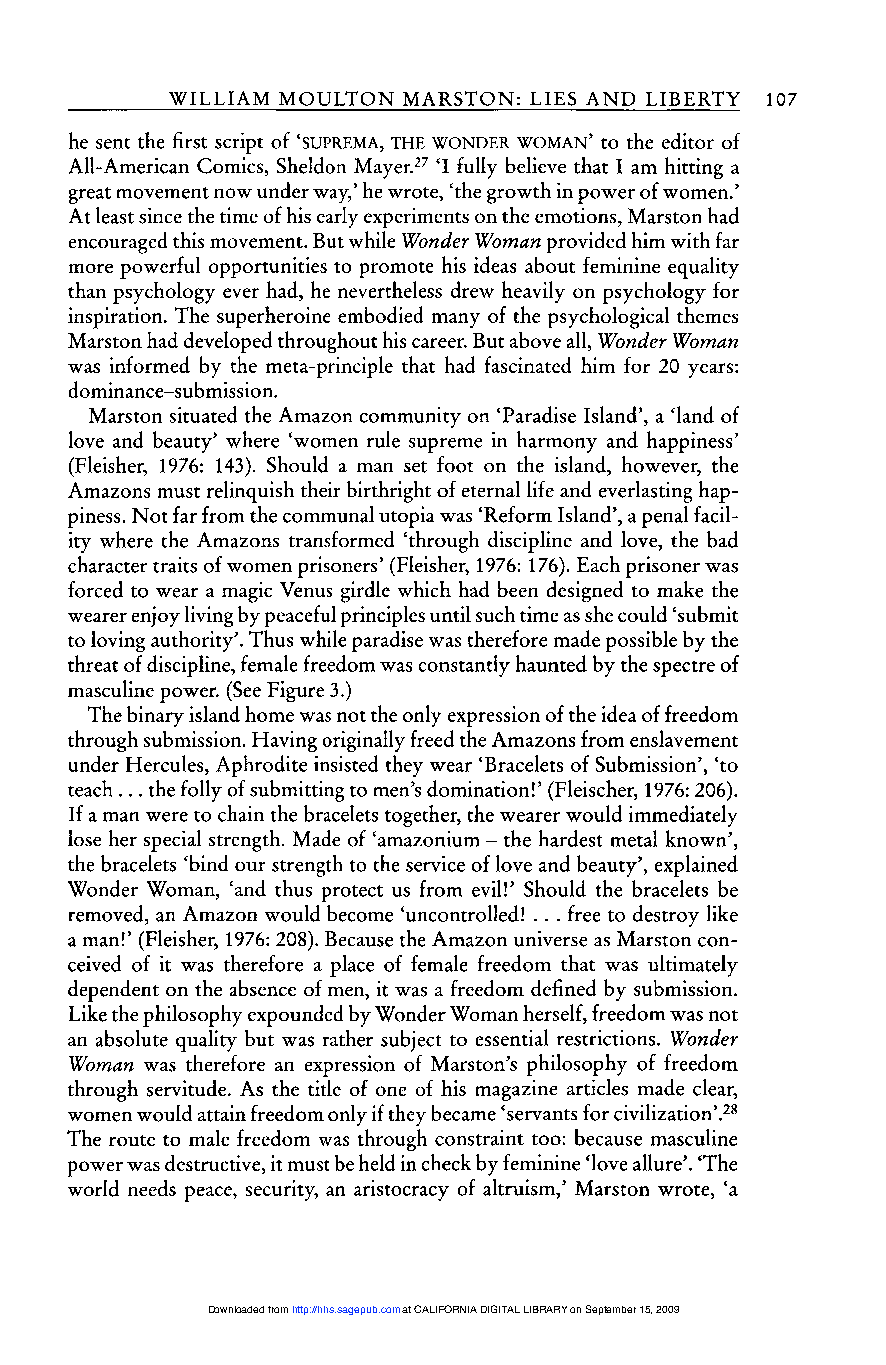
107
 he sent the first script of ’SUPREMA, THE WONDER WOMAN’ to the editor of
 All-American Comics, Sheldon Mayer.27 ’I fully believe that I am hitting a
 great movement now under way,’ he wrote, ’the growth in power of women.’
 At least since the time of his early experiments on the emotions, Marston had
 encouraged this movement. But while Wonder Woman provided him with far
 more powerful opportunities to promote his ideas about feminine equality
 than psychology ever had, he nevertheless drew heavily on psychology for
 inspiration. The superheroine embodied many of the psychological themes
 Marston had developed throughout his career. But above all, Wonder Woman
 was informed by the meta-principle that had fascinated him for 20 years:
 dominance-submission.
 Marston situated the Amazon community on ’Paradise Island’, a ’land of
 love and beauty’ where ’women rule supreme in harmony and happiness’
 (Fleisher, 1976: 143). Should a man set foot on the island, however, the
 Amazons must relinquish their birthright of eternal life and everlasting hap-
 piness. Not far from the communal utopia was ’Reform Island’, a penal facil-
 ity where the Amazons transformed ’through discipline and love, the bad
 character traits of women prisoners’ (Fleisher, 1976: 176). Each prisoner was
 forced to wear a magic Venus girdle which had been designed to make the
 wearer enjoy living by peaceful principles until such time as she could ’submit
 to loving authority’. Thus while paradise was therefore made possible by the
 threat of discipline, female freedom was constantly haunted by the spectre of
 masculine power. (See Figure 3.)
 The binary island home was not the only expression of the idea of freedom
 through submission. Having originally freed the Amazons from enslavement
 under Hercules, Aphrodite insisted they wear ’Bracelets of Submission’, ’to
 teach ... the folly of submitting to men’s domination!’ (Fleischer, 1976: 206).
 If a man were to chain the bracelets together, the wearer would immediately
 lose her special strength. Made of ’amazonium - the hardest metal known’,
 the bracelets ’bind our strength to the service of love and beauty’, explained
 Wonder Woman, ’and thus protect us from evil!’ Should the bracelets be
 removed, an Amazon would become ’uncontrolled! free to destroy like
 ...
 a man!’ (Fleisher, 1976: 208). Because the Amazon universe as Marston con-
 ceived of it was therefore a place of female freedom that was ultimately
 dependent on the absence of men, it was a freedom defined by submission.
 Like the philosophy expounded by Wonder Woman herself, freedom was not
 an absolute quality but was rather subject to essential restrictions. Wonder
 Woman was therefore an expression of Marston’s philosophy of freedom
 through servitude. As the title of one of his magazine articles made clear,
 women would attain freedom only if they became ’servants for civilization’. 28
 The route to male freedom was through constraint too: because masculine
 power was destructive, it must be held in check by feminine ’love allure’. ’The
 world needs peace, security, an aristocracy of altruism,’ Marston wrote, ’a
 Downloaded from http://hhs.sagepub.com at CALIFORNIA DIGITAL LIBRARY on September 15, 2009